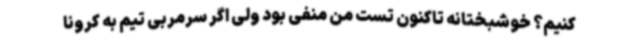
کنیم؟ خوشبختانه تاکنون تست من منفی بود ولی اگر سرمربی تیم به کرونا